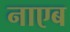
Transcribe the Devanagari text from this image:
नाएब